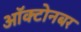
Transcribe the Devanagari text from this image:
ऑक्टोनबर